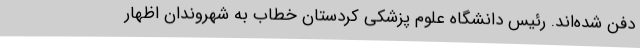
دفن شده‌اند. رئیس دانشگاه علوم پزشکی کردستان خطاب به شهروندان اظهار